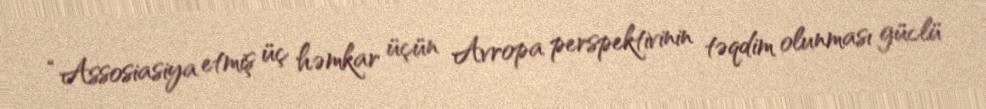
“Assosiasiya etmiş üç həmkar üçün Avropa perspektivinin təqdim olunması güclü